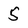
Character: 5